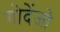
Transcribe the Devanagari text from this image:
गोदेंजो